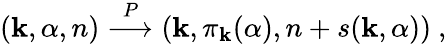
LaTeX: (\mathbf{k},\alpha,n)\stackrel{P}{\longrightarrow}(\mathbf{k},\pi_{\mathbf{k}}(\alpha),n+s(\mathbf{k},\alpha))~,